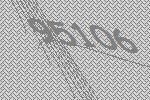
95106